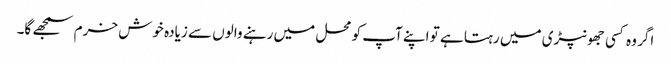
اگر وہ کسی جھونپڑی میں رہتا ہے تو اپنے آپ کو محل میں رہنے والوں سے زیادہ خوش خرم سمجھے گا۔